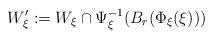
LaTeX: \begin{align*}W^\prime_{\xi} : = W_{\xi} \cap \Psi_{\xi}^{-1}(B_{r}(\Phi_{\xi}(\xi)))\end{align*}